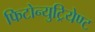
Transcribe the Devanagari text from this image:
फिटोन्युट्रियेण्ट